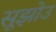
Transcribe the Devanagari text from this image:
सूझोउ